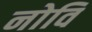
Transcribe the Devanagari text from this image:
नोवि